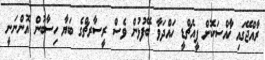
ރާއްޖޭގައި ޚާއްސަކޮށް ޕީއެޗްޑީ ހައްދަވާ ބޭފުޅުން ވެސް ރީސާރޗްގެ ބަޔާ ހިސާބުން އޮންނަނީ